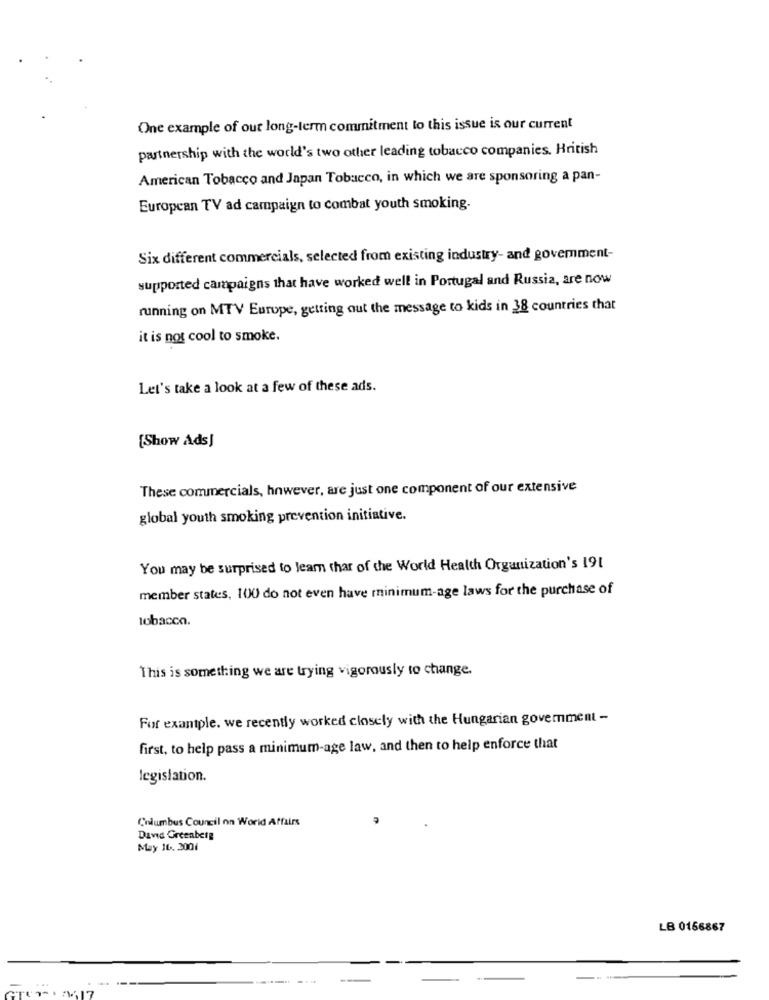
One example of our long-term commitment to this issue is our current
partnership with the world's two other leading tobacco companies. British
American Tobacco and Japan Tobacco, in which we are sponsoring a pan-
European TV ad campaign to combat youth smoking-
Six different commercials, selected from existing industry- and govemment-
supported campaigns that have worked well in Portugal and Russia, are now
running on MTV Europe, getting out the message to kids in 38 countries that
it is not cool to smoke.
Let's take a look at a few of these ads.
[Show Ads)
These commercials, however, are just one component of our extensive
global youth smoking prevention initiative.
You may be surprised to leam char of the World Health Organization's 191
member states, 100 do not even have minimum-age laws for the purchase of
tobacco.
This is something we are trying vigorously to change.
For exantple. we recently worked closely with the Hungarian government -
first, to help pass a minimum-age law, and then to help enforce that
legislation.
Columbus Council on World Affairs
David Greenberg
May 16, 2001
LB 0166867